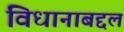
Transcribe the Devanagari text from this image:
विधानाबद्दल